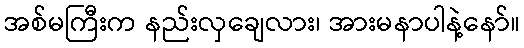
အစ်မကြီးက နည်းလှချေလား၊ အားမနာပါနဲ့နော်။